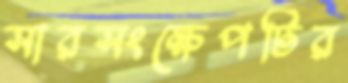
সারসংক্ষেপটির